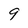
Character: 9